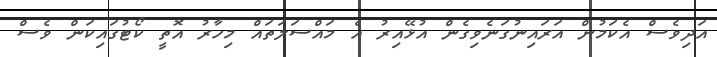
އަދިވެސް އެކަމުން އަރައިނުގަނެވިގެން އުޅޭއިރު އެ މައްސަލަތައް މިހާރު އޮތީ ކޯޓުގައިކަން ވެސް